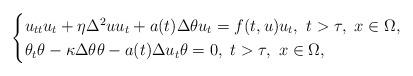
LaTeX: \begin{align*}\begin{cases}u_{tt}u_t+\eta\Delta^2 uu_t+a(t)\Delta\theta u_t=f(t,u)u_t,\ t>\tau,\ x\in\Omega,\\\theta_t\theta-\kappa\Delta \theta\theta-a(t)\Delta u_t\theta=0,\ t>\tau,\ x\in\Omega,\end{cases}\end{align*}